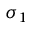
\sigma _ { 1 }